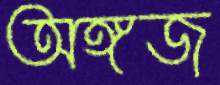
অঙ্গজ